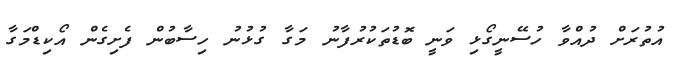
އުތުރަށް ދުއްވާ ހުސޭނީގޯޅި ވަނީ ބޮޑުތަކުރުފާނު މަގާ ގުޅުނު ހިސާބުން ފެށިގެން އޯކިޑްމަގާ